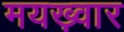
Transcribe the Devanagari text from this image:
मयख़्वार